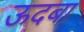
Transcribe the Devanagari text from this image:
ऊदबा